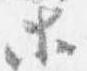
等